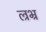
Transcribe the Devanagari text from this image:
ल्रभ्र